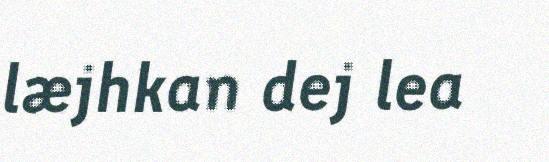
læjhkan dej lea